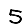
Digit: 5